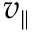
v _ { \parallel }